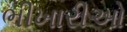
ભીખારીઓ